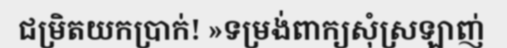
ជម្រិតយកប្រាក់! »ទម្រង់ពាក្យសុំស្រឡាញ់